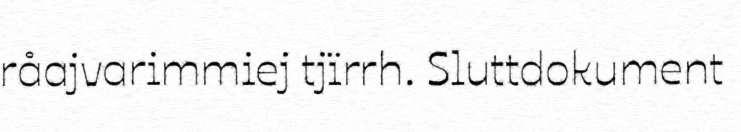
råajvarimmiej tjïrrh. Sluttdokument